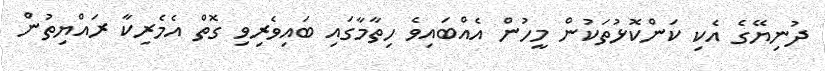
ދުނިޔޭގެ އެކި ކަންކޮޅުތަކުން މީހުން އެއްބައިވެ ހިތާމާގައި ބައިވެރިވި ގޮތް އެމެރިކާ ރައްޔިތުން